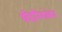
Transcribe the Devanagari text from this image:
श्रीहरिशंकर